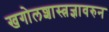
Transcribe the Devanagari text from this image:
खगोलशास्त्रज्ञावरुन